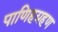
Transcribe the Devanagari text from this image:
पाणिहग्रहण